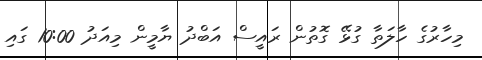
މިހާރުގެ ހާލަތާ ގުޅޭ ގޮތުން ރައީސް އަބްދު ޔާމީން މިއަދު 10:00 ގައި